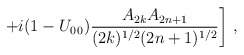
\begin{align*}\left. + i (1- U_{0\,0}) \frac{A_{2k}A_{2n+1}}{(2k)^{1/2}(2n+1)^{1/2}}\right] \, ,\end{align*}